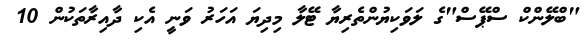
"ބްލޭންކް ސްޕޭސް"ގެ ލަވަކިޔުންތެރިޔާ ޓޭލާ މިދިޔަ އަހަރު ވަނީ އެކި ދާއިރާތަކުން 10